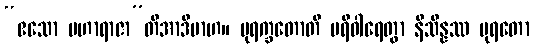
“ဧသော မဟာရာဇာ”တိအာဒိမာဟ။ ပုရက္ခတောတိ ပရိဝါရေတွာ နိသိန္နဿ ပုရတော